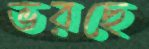
ভরছে